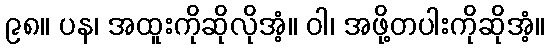
၉၈။ ပန၊ အထူးကိုဆိုလိုအံ့။ ဝါ၊ အဖို့တပါးကိုဆိုအံ့။